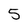
Character: 5